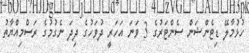
ހުޅުމާލޭ ޑިޓެންޝަން ސެންޓަރުގެ 3 ވަނަ އަހަރީ ދުވަހުގެ ދިދަ ނެގުމުގެ ރަސްމިއްޔާތު